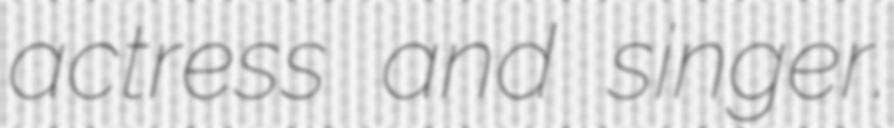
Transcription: actress and singer.